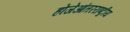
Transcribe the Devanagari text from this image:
होजेआंतरराष्ट्रीय